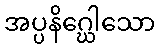
အပ္ပနိဂ္ဃေါသော